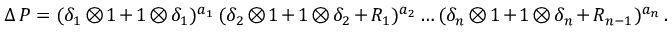
\Delta \, P = ( \delta _ { 1 } \otimes 1 + 1 \otimes \delta _ { 1 } ) ^ { a _ { 1 } } \, ( \delta _ { 2 } \otimes 1 + 1 \otimes \delta _ { 2 } + R _ { 1 } ) ^ { a _ { 2 } } \ldots ( \delta _ { n } \otimes 1 + 1 \otimes \delta _ { n } + R _ { n - 1 } ) ^ { a _ { n } } \, .